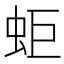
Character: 蚷